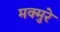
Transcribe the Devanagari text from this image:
मक्मुरे